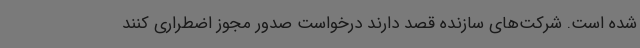
شده است. شرکت‌های سازنده قصد دارند درخواست صدور مجوز اضطراری کنند